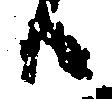
ハ